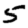
Digit: 5